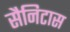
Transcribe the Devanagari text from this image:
सैनिटास